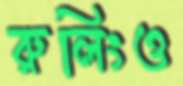
রুলিংও